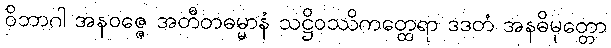
ဝိဘာဂါ အနဝဇ္ဇေ အတီတဓမ္မာနံ သဋ္ဌိဝဿိကတ္ထေရာ ဒဒတံ အနဓိမုတ္တော